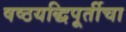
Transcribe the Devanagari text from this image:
षष्ठयद्धिपूर्तीचा